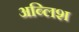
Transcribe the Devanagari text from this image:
अब्लिश